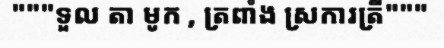
"""ទួល តា មូក , ត្រពាំង ស្រការត្រី"""